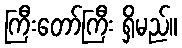
ကြီးတော်ကြီး ရှိမည်။